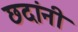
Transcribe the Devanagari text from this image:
छदांनी